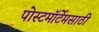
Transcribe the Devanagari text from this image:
पोस्टमॉर्टेमसाठी